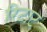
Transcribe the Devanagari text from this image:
रिटाट